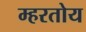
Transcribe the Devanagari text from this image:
म्हरतोय